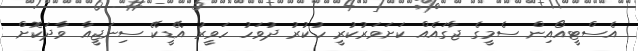
އެސްޓީއޯއިން ސެމީގެ ޖާގައެއް ކަށަވަރުކުރީ ހުކުރު ދުވަހު ހަވީރު އޭޑީކޭ ސިނަޖީއާ ވާދަކޮށް